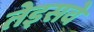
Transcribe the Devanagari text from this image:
तेइसवे